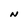
Character: N